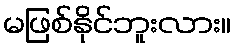
မဖြစ်နိုင်ဘူးလား။